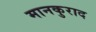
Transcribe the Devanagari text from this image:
मानकुराद